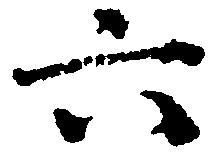
六